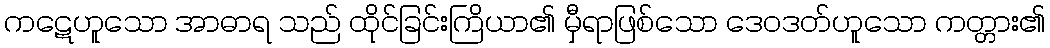
ကဋေဟူသော အာဓာရ သည် ထိုင်ခြင်းကြိယာ၏ မှီရာဖြစ်သော ဒေဝဒတ်ဟူသော ကတ္တား၏